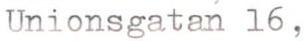
Unionsgatan l6,